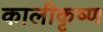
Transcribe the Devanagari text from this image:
कालीकृष्ण